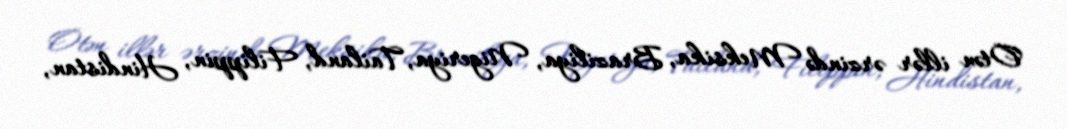
Ötən illər ərzində Meksika, Braziliya, Nigeriya, Tailand, Filippin, Hindistan,